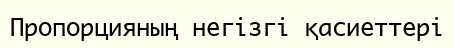
Пропорцияның негізгі қасиеттері